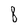
Character: 8